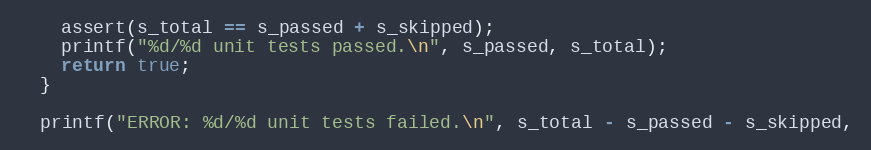
Language: C++
    assert(s_total == s_passed + s_skipped);
    printf("%d/%d unit tests passed.\n", s_passed, s_total);
    return true;
  }

  printf("ERROR: %d/%d unit tests failed.\n", s_total - s_passed - s_skipped,